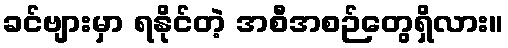
ခင်ဗျားမှာ ရနိုင်တဲ့ အစီအစဉ်တွေရှိလား။